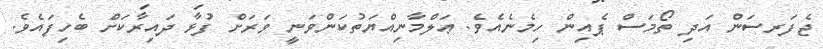
ޖެފަރސަން އަދި ތޯމަސް ޕެއިން ހިމެނެއެވެ. ޢަލްމާނިއްޔަތުކަންވަނީ ވަރަށް ފުޅާ ދައިރާކަށް ބެހިފައެވެ.